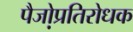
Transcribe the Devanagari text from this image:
पैजो़प्रतिरोधक